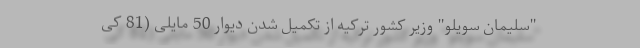
"سلیمان سویلو" وزیر کشور ترکیه از تکمیل شدن دیوار 50 مایلی (81 کی